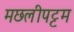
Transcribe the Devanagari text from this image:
मछलीपट्टम